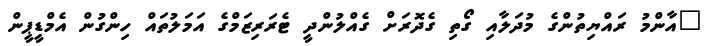
"އާންމު ރައްޔިތުންގެ މުދަލާއި ގޯތި ގެދޮރަށް ގެއްލުންދީ ޓެރަރިޒަމްގެ އަމަލުތައް ހިންގުން އެމްޑީޕީން